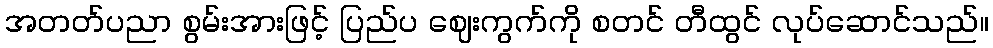
အတတ်ပညာ စွမ်းအားဖြင့် ပြည်ပ ဈေးကွက်ကို စတင် တီထွင် လုပ်ဆောင်သည်။